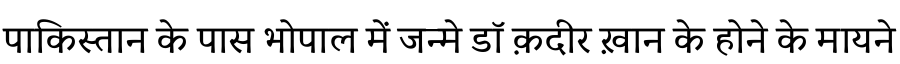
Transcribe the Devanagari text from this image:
पाकिस्तान के पास भोपाल में जन्मे डॉ क़दीर ख़ान के होने के मायने